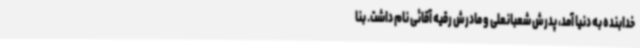
خدابنده به دنیا آمد، پدرش شعبانعلی و مادرش رقیه آقائی نام داشت. بنا